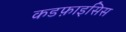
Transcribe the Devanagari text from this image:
कडफ़ाइसिस